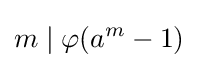
m\mid \varphi (a^{m}-1)